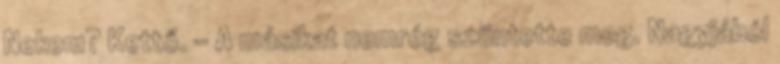
Nekem? Kettő. – A másikat nemrég szüntette meg. Nagyjából